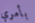
بأمري